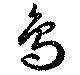
鳥